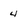
Character: 4